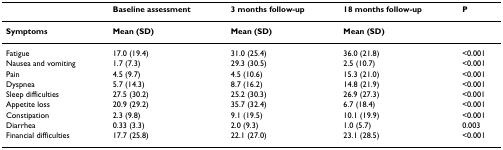
<table><thead><tr><td></td><td><b>Baseline assessment</b></td><td><b>3 months follow-up</b></td><td><b>18 months follow-up</b></td><td><b>P</b></td></tr></thead><tbody><tr><td><b>Symptoms</b></td><td><b>Mean (SD)</b></td><td><b>Mean (SD)</b></td><td><b>Mean (SD)</b></td><td></td></tr><tr><td>Fatigue</td><td>17.0 (19.4)</td><td>31.0 (25.4)</td><td>36.0 (21.8)</td><td>&lt;0.001</td></tr><tr><td>Nausea and vomiting</td><td>1.7 (7.3)</td><td>29.3 (30.5)</td><td>2.5 (10.7)</td><td>&lt;0.001</td></tr><tr><td>Pain</td><td>4.5 (9.7)</td><td>4.5 (10.6)</td><td>15.3 (21.0)</td><td>&lt;0.001</td></tr><tr><td>Dyspnea</td><td>5.7 (14.3)</td><td>8.7 (16.2)</td><td>14.8 (21.9)</td><td>&lt;0.001</td></tr><tr><td>Sleep difficulties</td><td>27.5 (30.2)</td><td>25.2 (30.3)</td><td>26.9 (27.3)</td><td>&lt;0.001</td></tr><tr><td>Appetite loss</td><td>20.9 (29.2)</td><td>35.7 (32.4)</td><td>6.7 (18.4)</td><td>&lt;0.001</td></tr><tr><td>Constipation</td><td>2.3 (9.8)</td><td>9.1 (19.5)</td><td>10.1 (19.9)</td><td>&lt;0.001</td></tr><tr><td>Diarrhea</td><td>0.33 (3.3)</td><td>2.0 (9.3)</td><td>1.0 (5.7)</td><td>0.003</td></tr><tr><td>Financial difficulties</td><td>17.7 (25.8)</td><td>22.1 (27.0)</td><td>23.1 (28.5)</td><td>&lt;0.001</td></tr></tbody></table>